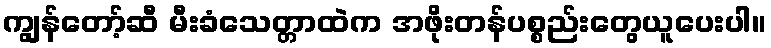
ကျွန်တော့်ဆီ မီးခံသေတ္တာထဲက အဖိုးတန်ပစ္စည်းတွေယူပေးပါ။